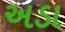
અડા